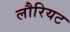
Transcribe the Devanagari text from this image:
लौरियट